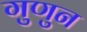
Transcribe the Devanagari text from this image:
गुणुन